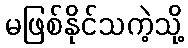
မဖြစ်နိုင်သကဲ့သို့